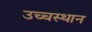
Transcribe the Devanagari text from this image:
उच्चस्थान